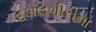
દખલગીરીના